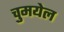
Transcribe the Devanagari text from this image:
चुमयेल